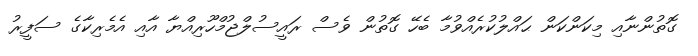
ގޮތުންނާއި މިކަންކަން ޙައްލުކުރެއްވުމާ ބެހޭ ގޮތުން ވެސް ރައީސުލްޖުމްހޫރިއްޔާ އާއި އެމެރިކާގެ ސަފީރު